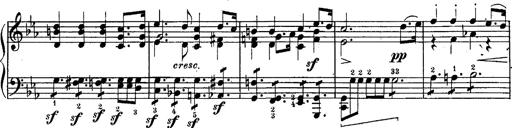
Title: Schubert's Impromptus [revised and edited by Franz Liszt]
Composer: Franz Liszt